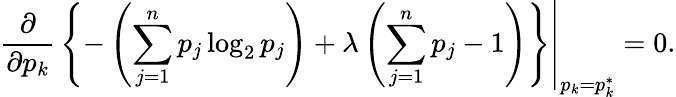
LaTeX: \left.{\frac{\partial}{\partial p_{k}}}\left\{ -\left(\sum_{j=1}^{n}p_{j}\log_{2}p_{j}\right)+\lambda\left(\sum_{j=1}^{n}p_{j}-1\right)\right\} \right|_{p_{k}=p_{k}^{*}}=0.